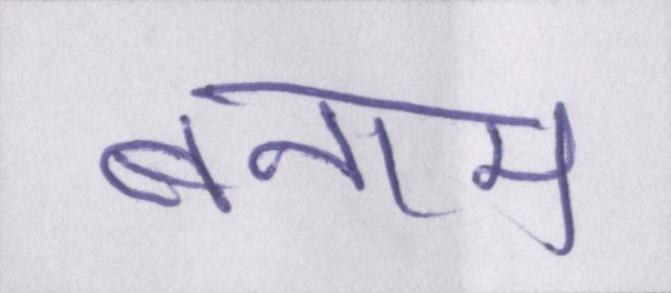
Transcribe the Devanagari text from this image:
बनाम